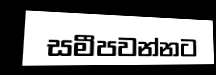
සමීපවන්නට